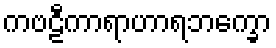
ကဗဠီကာရာဟာရဘက္ခော